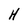
Character: H